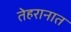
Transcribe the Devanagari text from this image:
तेहरानात